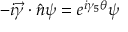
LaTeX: - i \vec { \gamma } \cdot \hat { n } \psi = e ^ { i \gamma _ { 5 } \theta } \psi